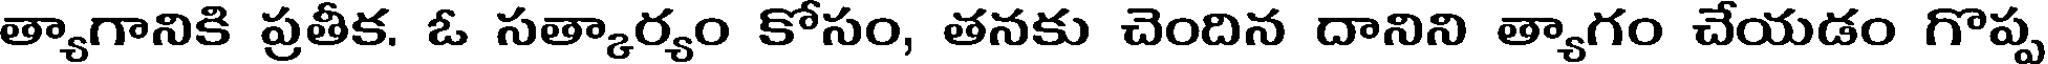
త్యాగానికి ప్రతీక. ఓ సత్కార్యం కోసం, తనకు చెందిన దానిని త్యాగం చేయడం గొప్ప